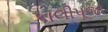
કાલીપૂજા